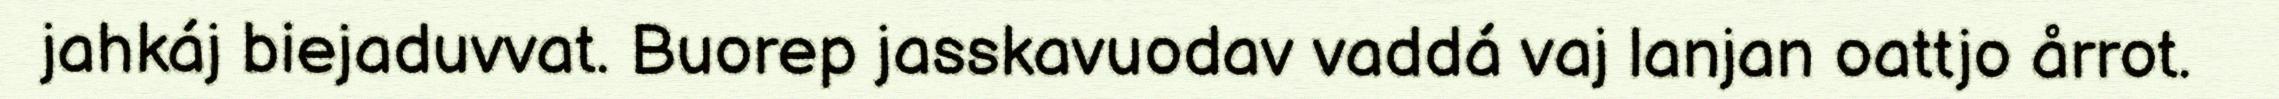
jahkáj biejaduvvat. Buorep jasskavuodav vaddá vaj lanjan oattjo årrot.